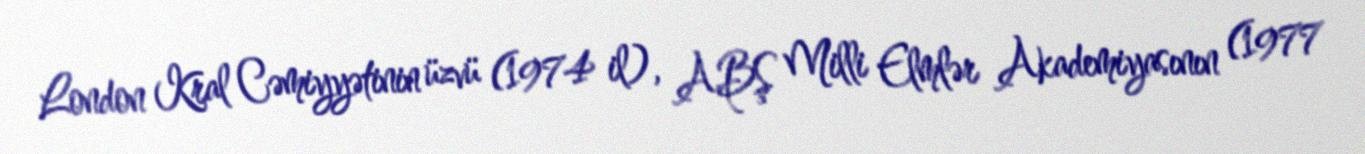
London Kral Cəmiyyətinin üzvü (1974 il), ABŞ Milli Elmlər Akademiyasının (1977